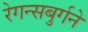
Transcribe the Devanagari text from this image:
रेगन्सबुर्गने